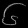
Digit: ၆